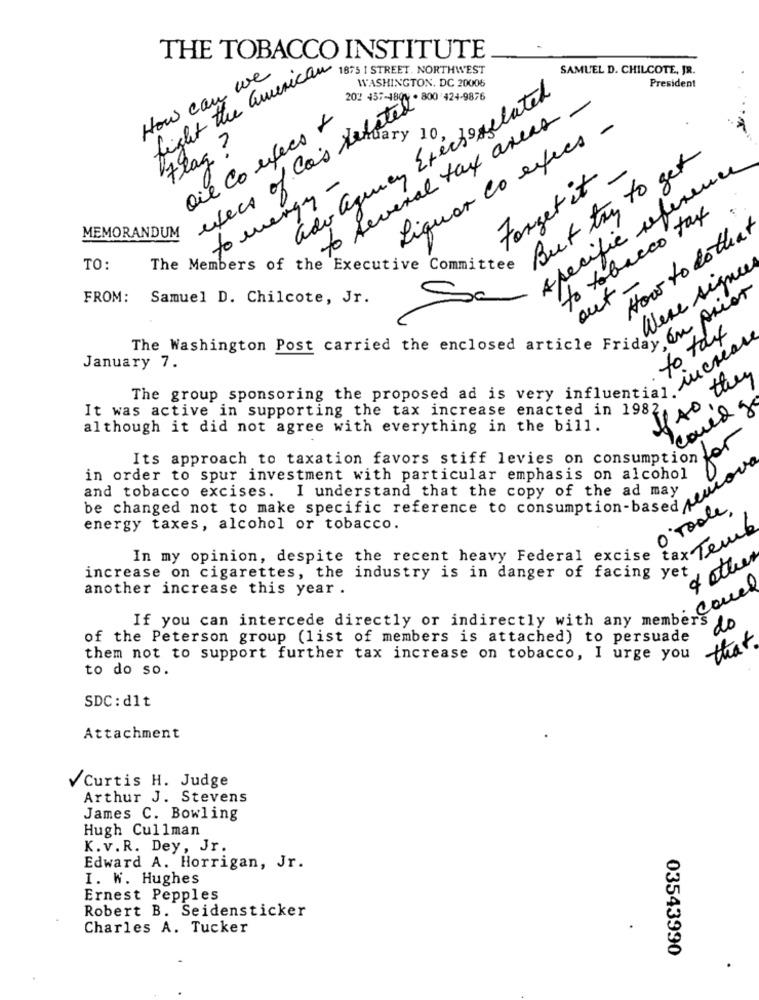
THE TOBACCO INSTITUTE
fight the american
1875 1 STREET. NORTHWEST
SAMUEL D. CHILCOTE, JR.
How can we
WASHINGTON, DC 20006
President
ado aquien Erectoselated
202 457-4801 . 800 424-9876
execs of Ca's related
to several tax areas -
oie Co efees +
Liquor co execs -
dary 10.
Flag ?
But try to get
specific reference
Forget it.
to energy -
to tobacco tax
MEMORANDUM
How to doto
TO:
The Members of the Executive Committee
Were signeer
out -
FROM:
Samuel D. Chilcote, Jr.
to taux
The Washington Post carried the enclosed article . Why P
January 7.
If so they
The group sponsoring the proposed ad is very influen .. ich
It was active in supporting the tax increase enacted in 1982
could
although it did not agree with everything in the bill.
Its approach to taxation favors stiff levies on consumption to
in order to spur investment with particular emphasis on alcohol
and tobacco excises. I understand that the copy of the ad may
be changed not to make specific reference to consumption-haya
O'toole.
energy taxes, alcohol or tobacco.
In my opinion, despite the recent heavy Federal excise taxTel.
& other
increase on cigarettes, the industry is in danger of facing yet
another increase this year .
é, Conel
If you can intercede directly or indirectly with any members
do
of the Peterson group (list of members is attached) to persuade
that
them not to support further tax increase on tobacco, I urge you
to do so.
SDC: d1t
Attachment
VCurtis H. Judge
Arthur J. Stevens
James C. Bowling
Hugh Cullman
K.v.R. Dey, Jr.
Edward A. Horrigan, Jr.
I. W. Hughes
Ernest Pepples
Robert B. Seidensticker
Charles A. Tucker
03543990